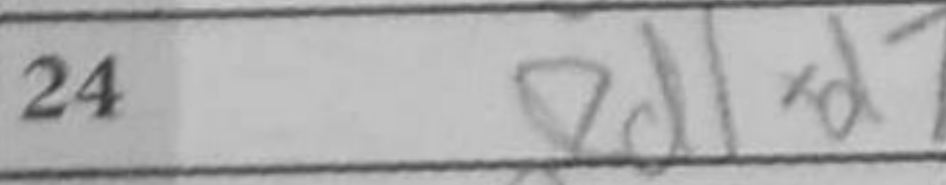
Transcription: Rd1xd7